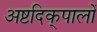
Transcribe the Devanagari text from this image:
अष्टदिक्‌पालों